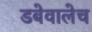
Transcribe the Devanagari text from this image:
डबेवालेच